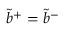
\tilde { b } ^ { + } = \tilde { b } ^ { - }